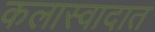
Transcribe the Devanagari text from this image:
कलास्वादात